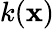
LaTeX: k(\mathbf{x})